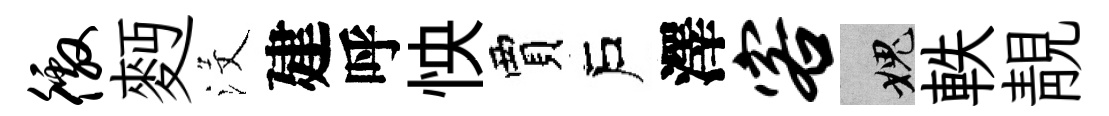
徼麪沒建呼怏賈戶澤客愧軼靚